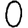
Digit: 0